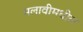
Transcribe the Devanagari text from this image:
मलावीमधील